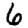
Digit: 6